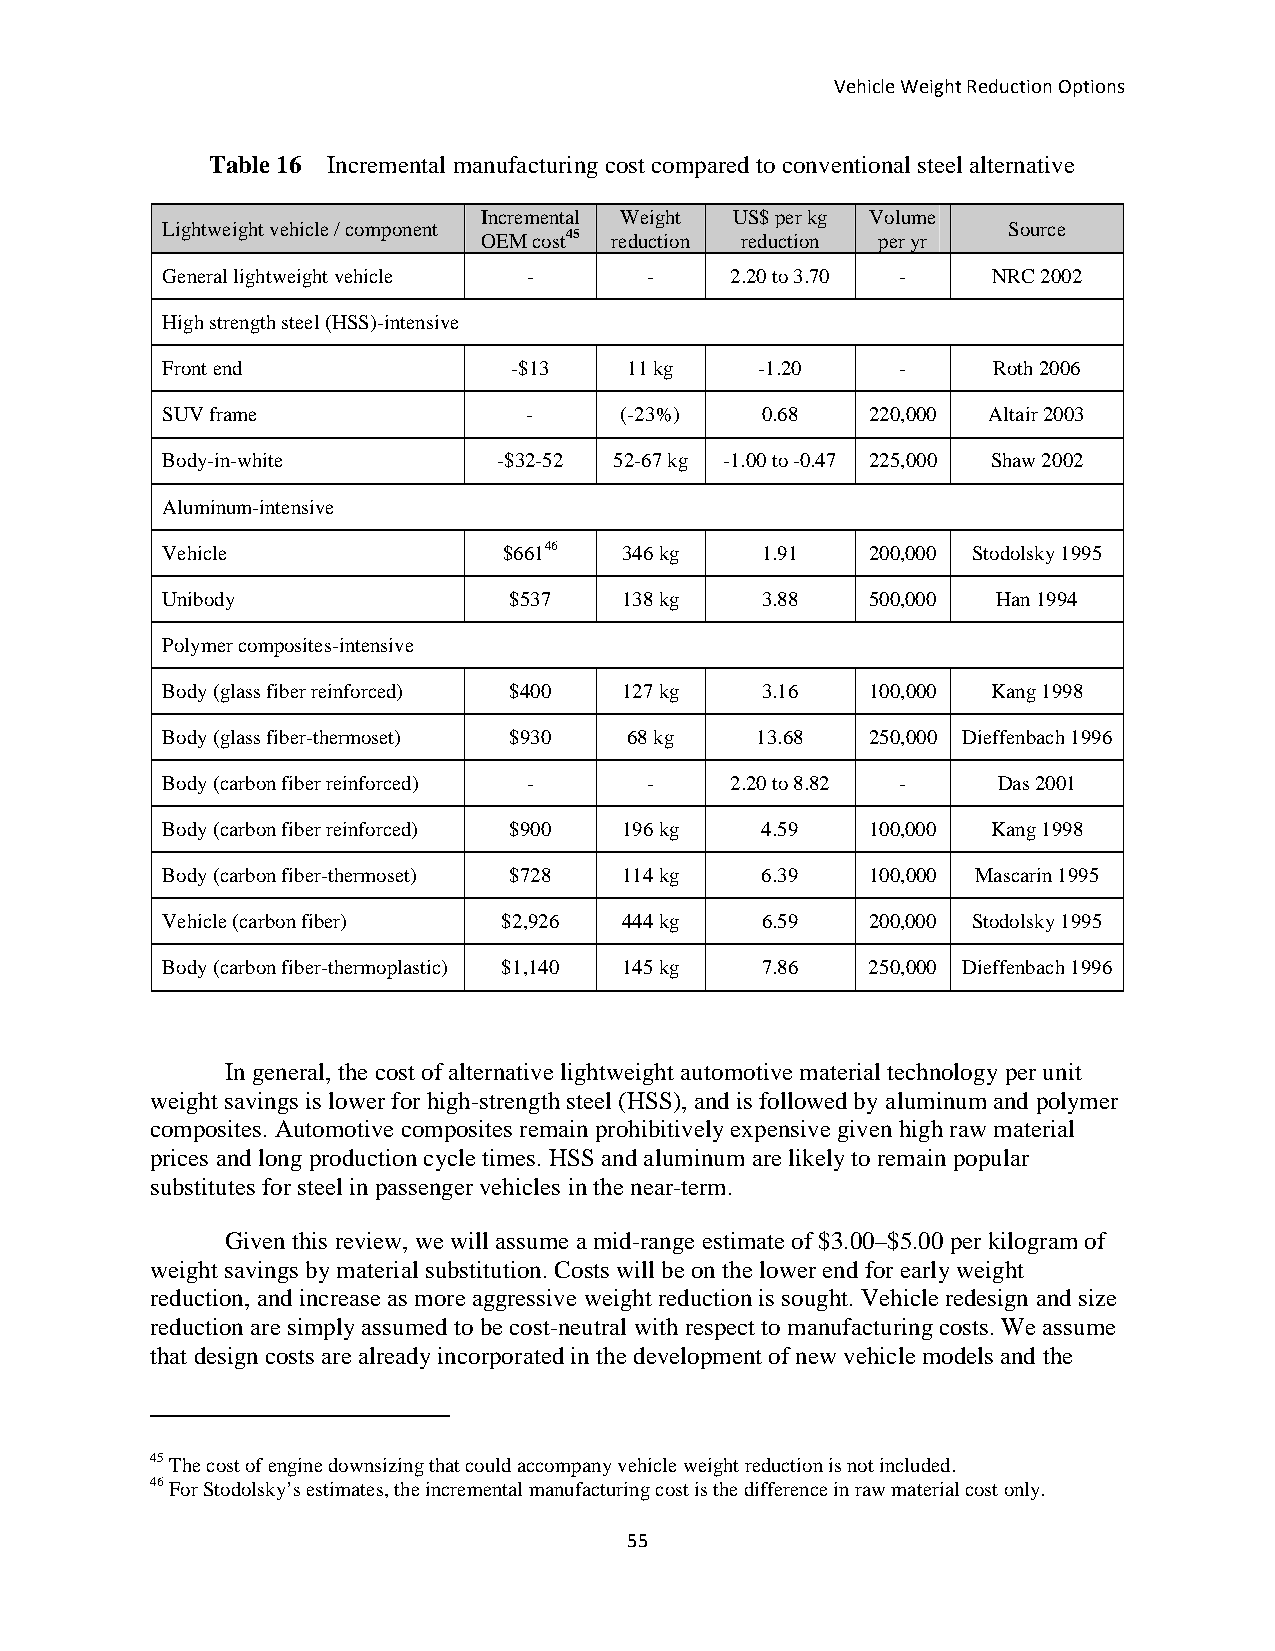
Vehicle Weight Reduction Options
 Table 16 Incremental manufacturing cost compared to conventional steel alternative
 Incremental Weight US$ per kg Volume
 Lightweight vehicle / component                         Source
 OEM cost45 reduction reduction per yr
 General lightweight vehicle -   -    2.20 to 3.70 -    NRC 2002
 High strength steel (HSS)-intensive
 Front end              -$13    11 kg   -1.20     -     Roth 2006
 SUV frame               -     (-23%)   0.68    220,000 Altair 2003
 Body-in-white         -$32-52 52-67 kg -1.00 to -0.47 225,000 Shaw 2002
 Aluminum-intensive
 Vehicle               $66146  346 kg   1.91    200,000 Stodolsky 1995
 Unibody                $537   138 kg   3.88    500,000 Han 1994
 Polymer composites-intensive
 Body (glass fiber reinforced) $400 127 kg 3.16 100,000 Kang 1998
 Body (glass fiber-thermoset) $930 68 kg 13.68  250,000 Dieffenbach 1996
 Body (carbon fiber reinforced) - -   2.20 to 8.82 -    Das 2001
 Body (carbon fiber reinforced) $900 196 kg 4.59 100,000 Kang 1998
 Body (carbon fiber-thermoset) $728 114 kg 6.39 100,000 Mascarin 1995
 Vehicle (carbon fiber) $2,926 444 kg   6.59    200,000 Stodolsky 1995
 Body (carbon fiber-thermoplastic) $1,140 145 kg 7.86 250,000 Dieffenbach 1996
 In general, the cost of alternative lightweight automotive material technology per unit
 weight savings is lower for high-strength steel (HSS), and is followed by aluminum and polymer
 composites. Automotive composites remain prohibitively expensive given high raw material
 prices and long production cycle times. HSS and aluminum are likely to remain popular
 substitutes for steel in passenger vehicles in the near-term.
 Given this review, we will assume a mid-range estimate of $3.00–$5.00 per kilogram of
 weight savings by material substitution. Costs will be on the lower end for early weight
 reduction, and increase as more aggressive weight reduction is sought. Vehicle redesign and size
 reduction are simply assumed to be cost-neutral with respect to manufacturing costs. We assume
 that design costs are already incorporated in the development of new vehicle models and the
 45 The cost of engine downsizing that could accompany vehicle weight reduction is not included.
 46 For Stodolsky’s estimates, the incremental manufacturing cost is the difference in raw material cost only.
 55